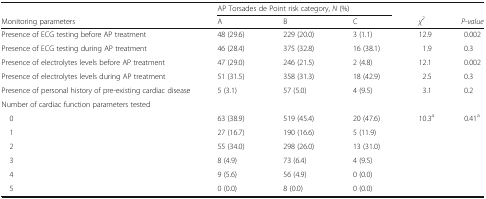
<table><thead><tr><td></td><td colspan="3"><b>AP Torsades de Point risk category, <i>N</i> (%)</b></td><td></td><td></td></tr><tr><td><b>Monitoring parameters</b></td><td><b>A</b></td><td><b>B</b></td><td><b>C</b></td><td><b><i>χ</i><sup><i>2</i></sup></b></td><td><b><i>P-value</i></b></td></tr></thead><tbody><tr><td>Presence of ECG testing before AP treatment</td><td>48 (29.6)</td><td>229 (20.0)</td><td>3 (1.1)</td><td>12.9</td><td>0.002</td></tr><tr><td>Presence of ECG testing during AP treatment</td><td>46 (28.4)</td><td>375 (32.8)</td><td>16 (38.1)</td><td>1.9</td><td>0.3</td></tr><tr><td>Presence of electrolytes levels before AP treatment</td><td>47 (29.0)</td><td>246 (21.5)</td><td>2 (4.8)</td><td>12.1</td><td>0.002</td></tr><tr><td>Presence of electrolytes levels during AP treatment</td><td>51 (31.5)</td><td>358 (31.3)</td><td>18 (42.9)</td><td>2.5</td><td>0.3</td></tr><tr><td>Presence of personal history of pre-existing cardiac disease</td><td>5 (3.1)</td><td>57 (5.0)</td><td>4 (9.5)</td><td>3.1</td><td>0.2</td></tr><tr><td colspan="6">Number of cardiac function parameters tested</td></tr><tr><td> 0</td><td>63 (38.9)</td><td>519 (45.4)</td><td>20 (47.6)</td><td rowspan="6">10.3<sup>a</sup></td><td rowspan="6">0.41<sup>a</sup></td></tr><tr><td> 1</td><td>27 (16.7)</td><td>190 (16.6)</td><td>5 (11.9)</td></tr><tr><td> 2</td><td>55 (34.0)</td><td>298 (26.0)</td><td>13 (31.0)</td></tr><tr><td> 3</td><td>8 (4.9)</td><td>73 (6.4)</td><td>4 (9.5)</td></tr><tr><td> 4</td><td>9 (5.6)</td><td>56 (4.9)</td><td>0 (0.0)</td></tr><tr><td> 5</td><td>0 (0.0)</td><td>8 (0.0)</td><td>0 (0.0)</td></tr></tbody></table>